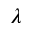
\lambda